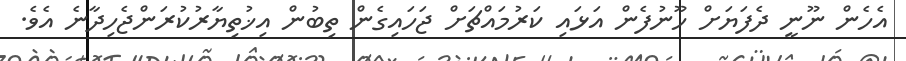
އެހެން ނޫނީ ދެފަޔަށް ހޫނުފެން އަޅައި ކަރުމައްޗަށް ޖަހައިގެން ތިބުން އިޚުތިޔާރުކުރަންޖެހިދާނެ އެވެ.